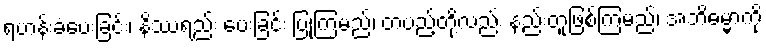
ရဟန်းခံပေးခြင်း၊ နိဿရည်း ပေးခြင်း ပြုကြမည်၊ တပည့်တို့လည်း နည်းတူဖြစ်ကြမည်၊ အဘိဓမ္မာကို